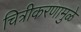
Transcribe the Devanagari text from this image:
चित्रीकरणामुळे